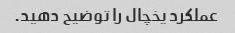
عملکرد یخچال را توضیح دهید.